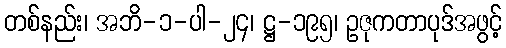
တစ်နည်း၊ အဘိ-၁-ပါ-၂၄၊ ဋ္ဌ-၁၉၅၊ ဥဇုကတာပုဒ်အဖွင့်